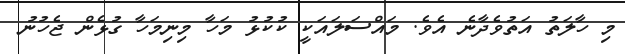
މި ހާލަތު އަތުވެދާނެ އެވެ. މައްސަލައަކީ ކުކުޅު މަހާ މިނިމަހާ ގުޅެން ޖެހުނު